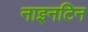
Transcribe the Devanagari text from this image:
नाइनटिन